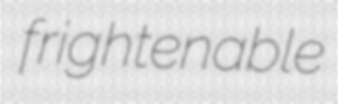
frightenable